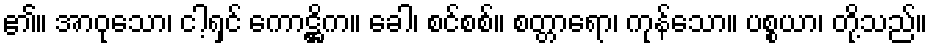
၏။ အာဝုသော၊ ငါ့ရှင် ကောဋ္ဌိက။ ခေါ၊ စင်စစ်။ စတ္တာရော၊ ကုန်သော။ ပစ္စယာ၊ တို့သည်။